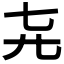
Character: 𬺽